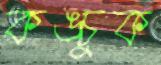
কঙ্চুক